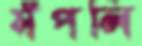
সঁপলি